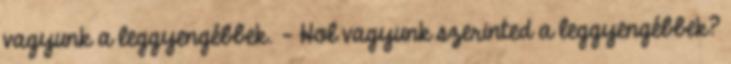
vagyunk a leggyengébbek. – Hol vagyunk szerinted a leggyengébbek?